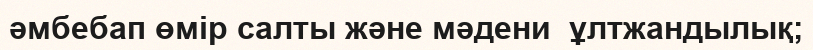
әмбебап өмір салты және мәдени  ұлтжандылық;